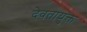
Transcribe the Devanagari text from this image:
देवतायुक्त